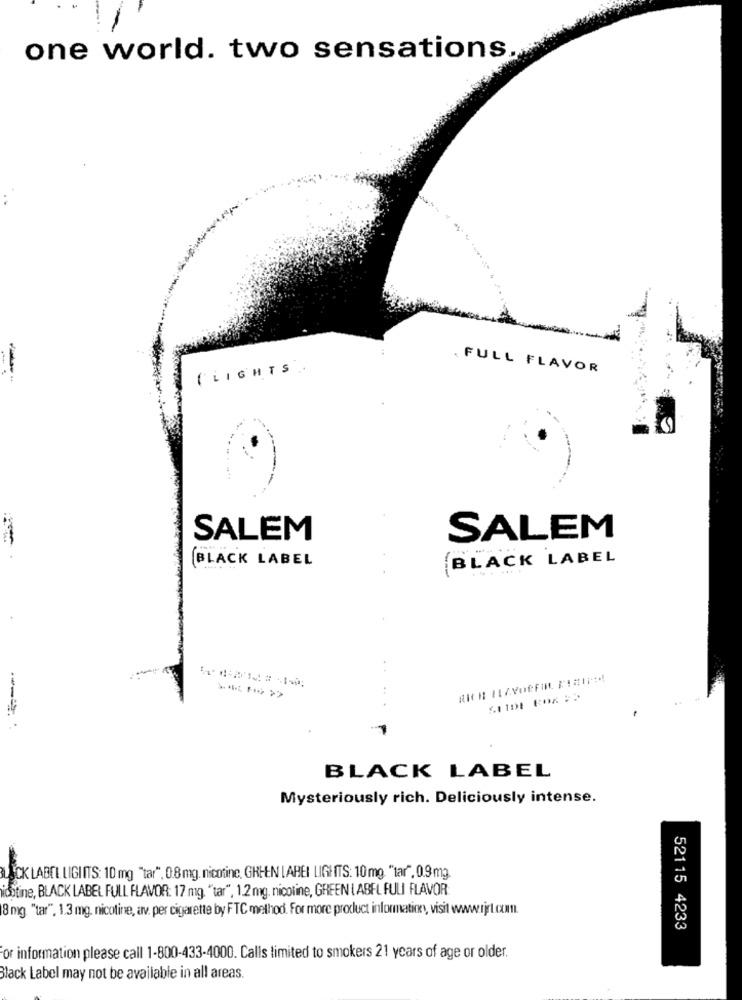
one world. two sensations
(LIGHTS ..
FULL FLAVOR
SALEM
SALEM
BLACK LABEL
BLACK LABEL
...
BLACK LABEL
Mysteriously rich. Deliciously intense.
BLACK LABEL LIGIIT'S: 10 mg "tar". 0.8 mg. nicotine, GREEN LABEL LIGHITS: 10 mg. "tar", 0.9 mg.
iostine, BLACK LABEL FULL FLAVOR: 17 mg. "tar", 1.2 mg. nicotine, GREEN LABEL FULI FLAVOR
8 mg. "tar", 1.3 mg. nicotine, av. per cigarette by FTC method. For more product information, visit www.jr.com.
52115 4233
or information please call 1-800-433-4000. Calls limited to smokers 21 years of age or older.
Black Label may not be available in all areas.